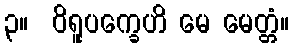
၃။  ဝိရူပက္ခေဟိ မေ မေတ္တံ။